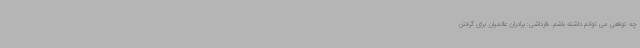
چه توقعی می توانم داشته باشم. قارداشی: برادران عالمیان برای گرفتن